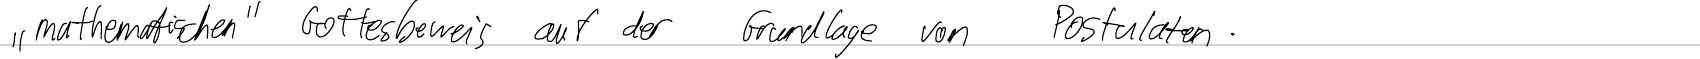
" mathematischen" Gottesbeweis auf der Grundlage von Postulaten.